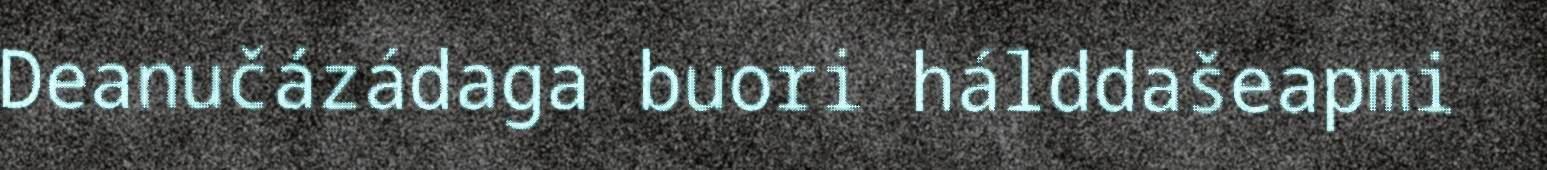
Deanučázádaga buori hálddašeapmi